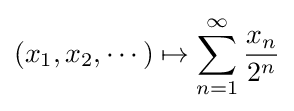
(x_{1},x_{2},\cdots )\mapsto \sum _{n=1}^{\infty }{\frac {x_{n}}{2^{n}}}